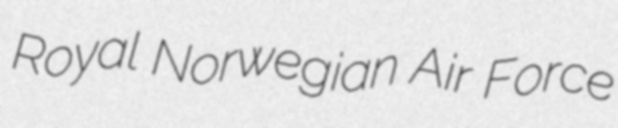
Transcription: Royal Norwegian Air Force